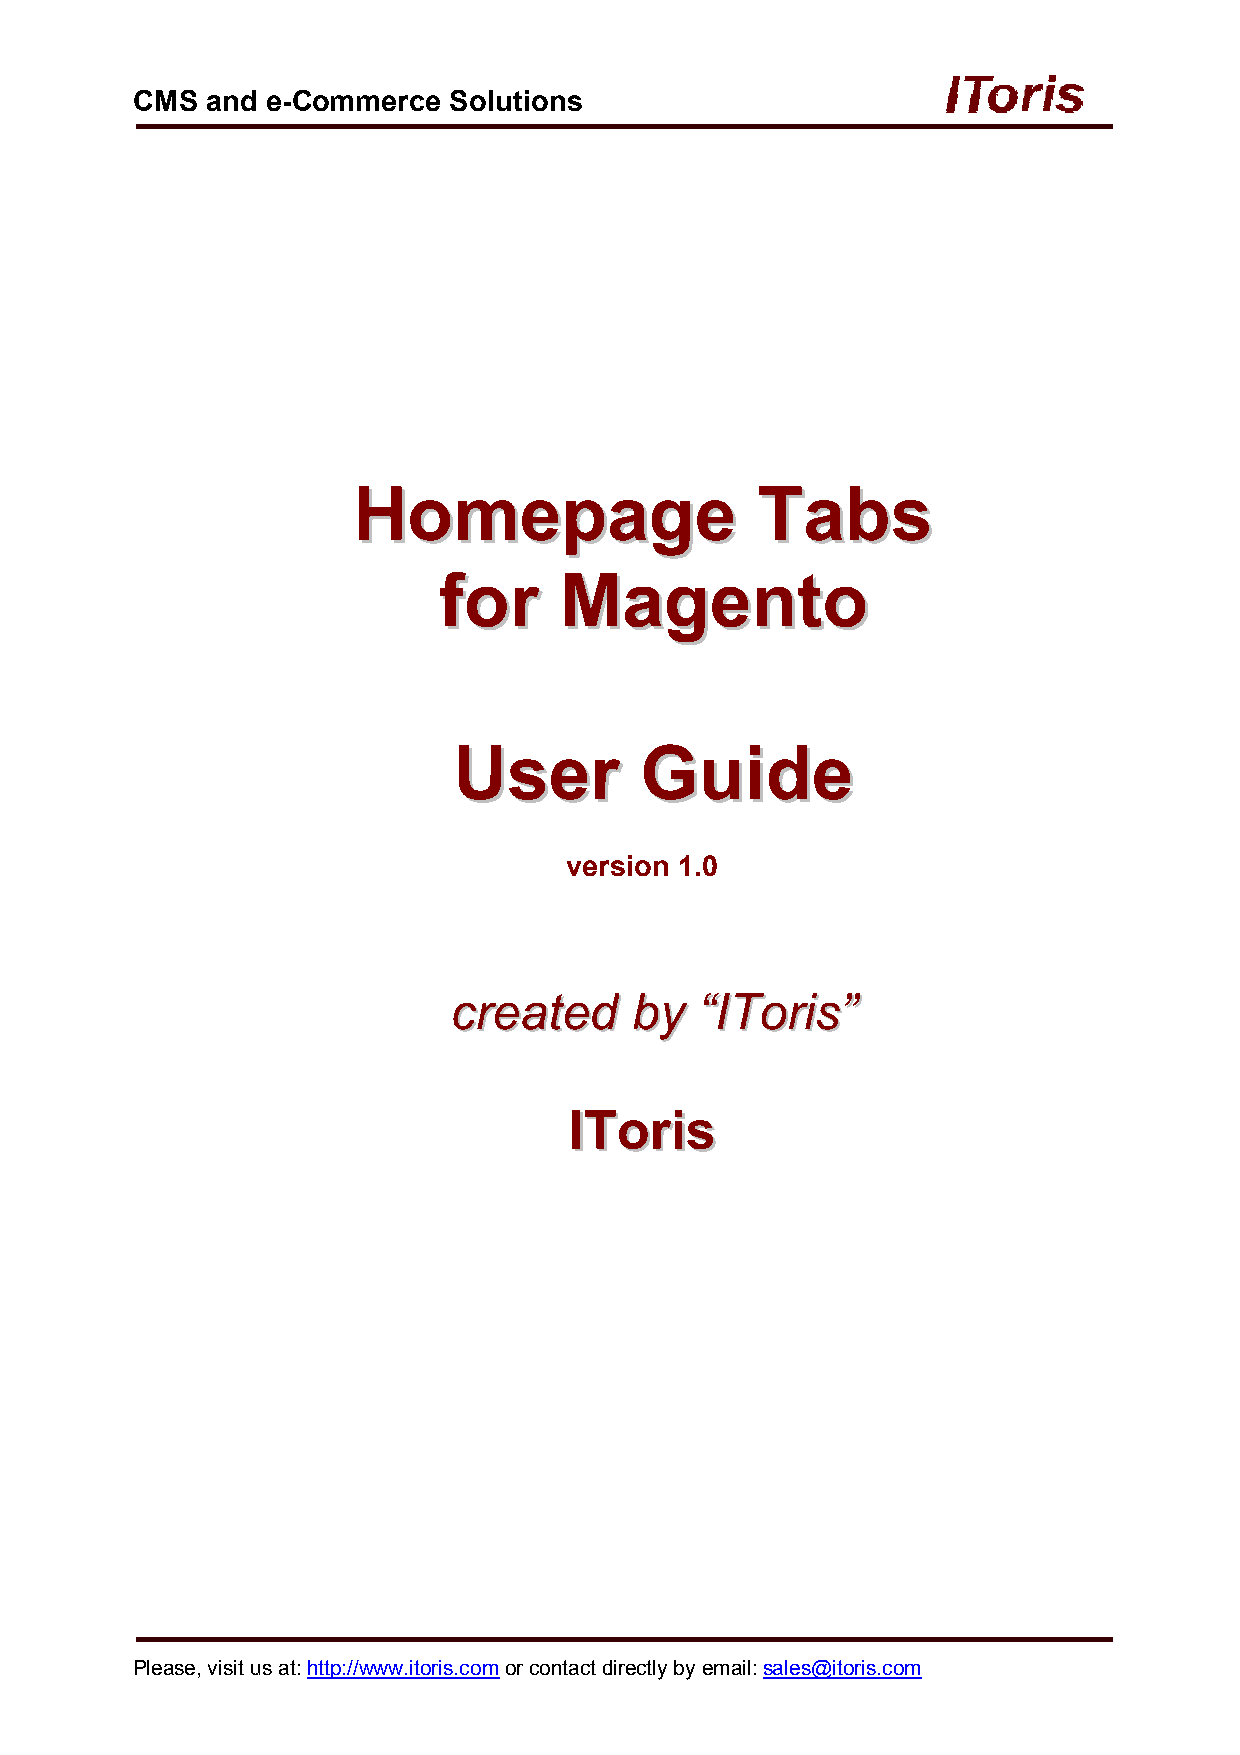
CMS  and e-Commerce  Solutions
 HHoommeeppaaggee           TTaabbss
 ffoorr  MMaaggeennttoo
 UUsseerr    GGuuiiddee
 version 1.0
 ccrreeaatteedd bbyy ““IITToorriiss””
 IITToorriiss
 Please, visit us at: http://www.itoris.com or contact directly by email: sales@itoris.com